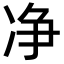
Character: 净